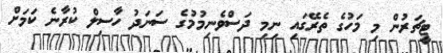
ޓީޗަރުން މި މަހުގެ ތެރޭގައި ނިމި ދަސްވެނިމުމުގެ ސަނަދު ހާސިލް ކުރާނެ ކަމަށް